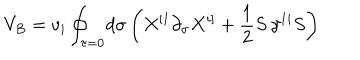
LaTeX: V _ { B } = v _ { i } \oint _ { \tau = 0 } \! d \sigma \left( X ^ { [ 1 } \partial _ { \sigma } X ^ { i ] } + \frac { 1 } { 2 } S \, \gamma ^ { 1 i } S \right)